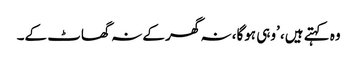
وہ کہتے ہیں، ’وہی ہوگا، نہ گھر کے نہ گھاٹ کے۔